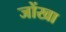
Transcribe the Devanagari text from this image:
जोंखा